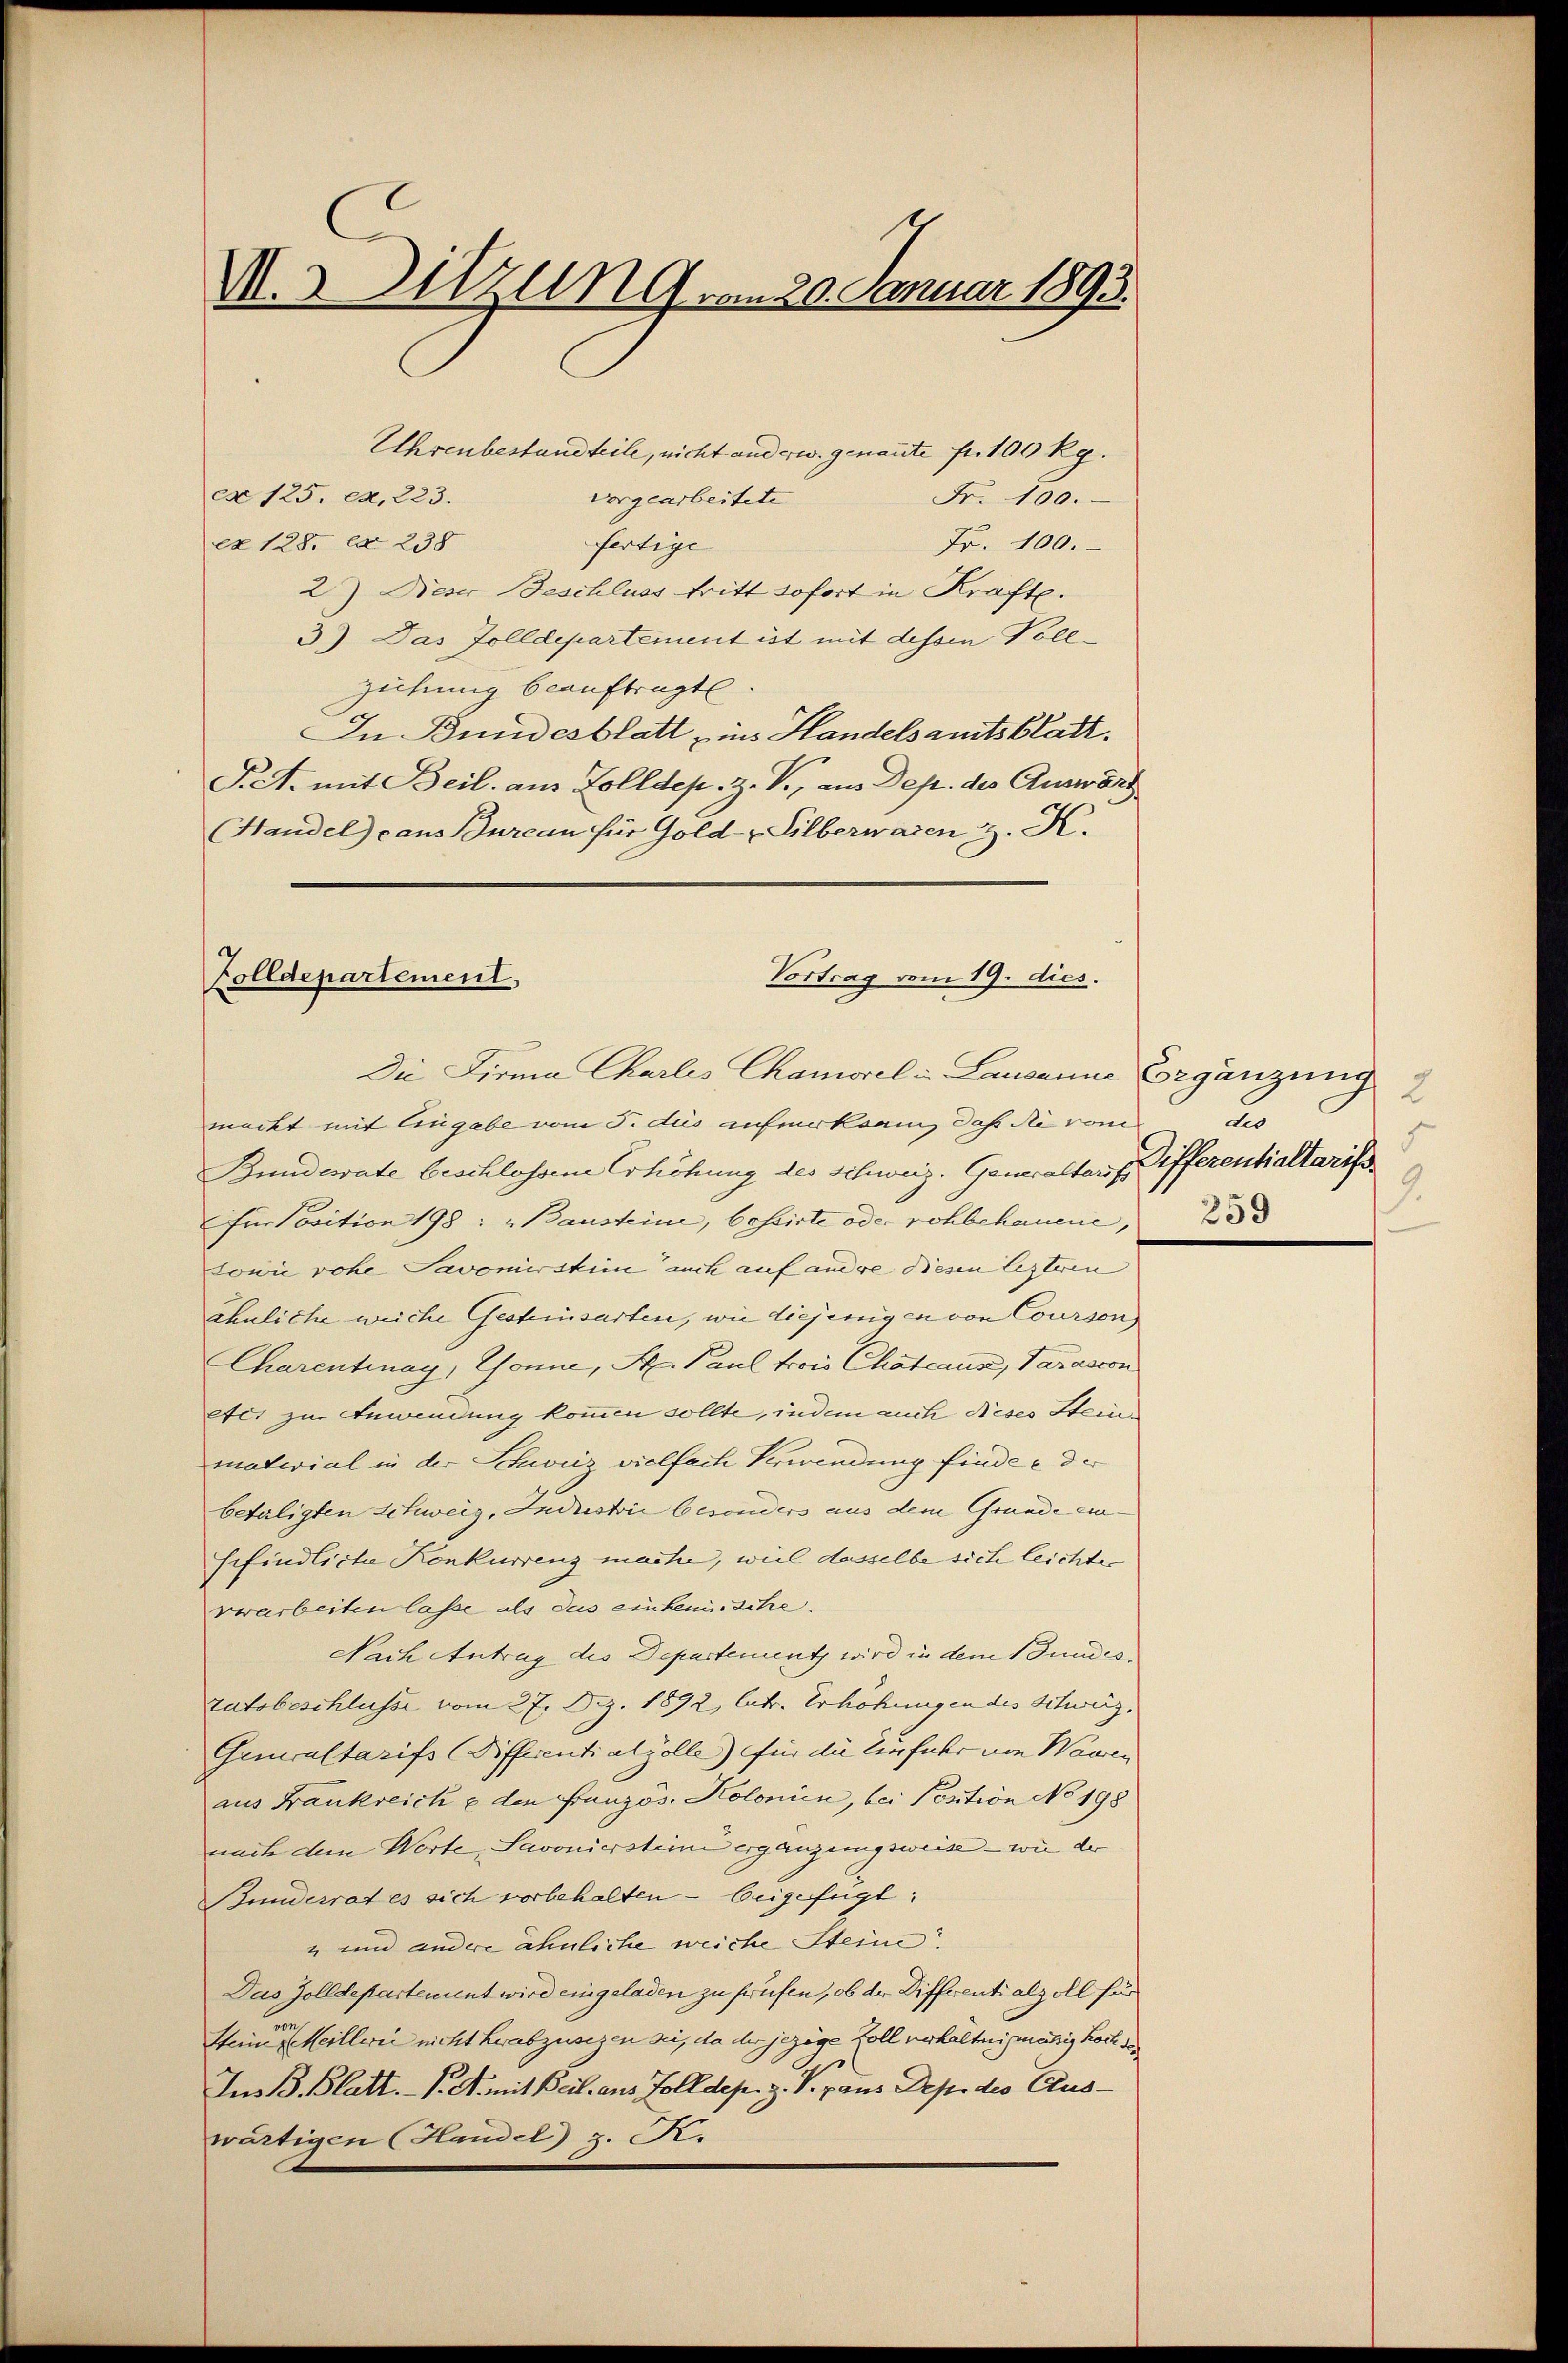
V., Sitzung vom 20. Januar 1893.

Uhrenbestandteile, nicht anderw. genante fr. 100 Rg.
cx 125. ex. 223.
vorgearbeitete
cx 128. d. 238
Fr. 100.
fertige
2) Dieser Beschluss tritt sofort in Kraft.
3) Das Zolldepartement ist mit dessen Voll¬
Ziehung beauftragt
In Bundesblatt „ins Handelsamtsblatt.
P.A. mit Beil. aus Zolldep. Z. V., am Dep. des Auswärt
Handel cans Bureau für Gold- & Silberwaren H. K.

Fr. 100.

Vortrag vom 19. dies.
Zolldepartement,
Die Firma Charlis Chamorel & Lausanne Ergänzung

meckt mit Eingabe vom 5. des aufmerksam, daß die vom
Bundesrate beschlossene Erhöhung des Schweiz. Generaltarif
Für Position 198: „Bausteine, bestirte oder rohbehauene, 30
Lowie vohe Savomirstein auch auf andre diesen lezteren
ähnliche weiche Gesteinsarten, wie diejenigen von Courson
Charentiay, Gönne, St. Paul trois Chateaus, Varasson
etc. zur Anwendung kommen sollte, indem auch dieses Steinmaterial in der Schweiz vielfach Verwendung finde e der
beteiligten Schweiz, Industrie besonders aus dem Grunde einsefindliche Konkurrenz mache, weil dasselbe sich leichte
verarbeiten lasse als das einhemische.
Nach Antrag des Departement wird in dem Bundestatsbeschlusse vom 27. Dez. 1872, lutr. Erhöhungen des Schweiz,
Generaltarifs Differentiatzölle) für die Einfuhr von Waaren
aus Frankreich & den Französ. Kolonien, bei Pestion No 198
nach dem Worte, Savoniersteine ergänzungsweise – wie der
Bunderrat es sich vorbehalten - beigefügt:
" und andere ähnliche weiche Steine
Das Zolldepartement wird eingeladen zu früfen, ob der Diffrenti alz all für
Steiner eine Meillerie nicht herabzusegen sei, da der jezige Zoll verhältnismässig Kost 18
Ius B. Blatt. - P. R. mit Beil aus Zolldep. z. V. pans Depe des Cluswärtigen Handel) z. R.

2
u
5
Differentialtariss.
2.